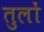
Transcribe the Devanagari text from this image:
तुलों